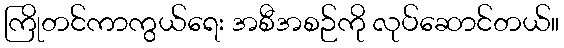
ကြိုတင်ကာကွယ်ရေး အစီအစဉ်ကို လုပ်ဆောင်တယ်။